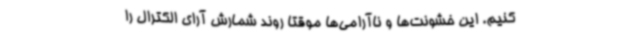
‌کنیم. این خشونت‌ها و ناآرامی‌ها موقتا روند شمارش آرای الکترال را